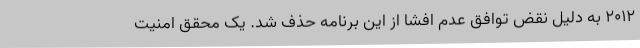
۲۰۱۲ به دلیل نقض توافق عدم افشا از این برنامه حذف شد. یک محقق امنیت